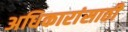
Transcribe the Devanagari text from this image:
अधिकारांसाठी